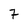
Character: 7